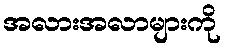
အလားအလာများကို